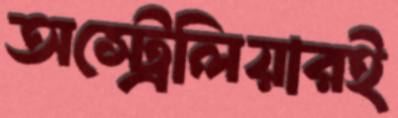
অস্ট্রেলিয়ারই